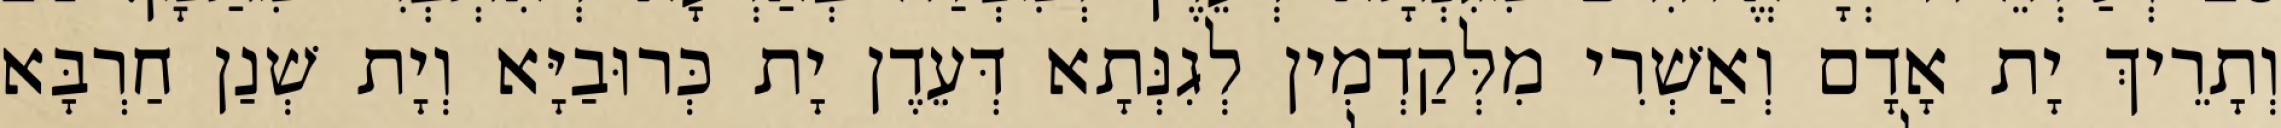
וְתָרֵיךְ יָת אָדָם וְאַשְׁרִי מִלְּקַדְמִין לְגִנְּתָא דְּעֵדֶן יָת כְּרוּבַיָּא וְיָת שְׁנַן חַרְבָּא